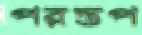
পরন্তপ